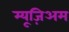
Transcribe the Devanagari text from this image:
म्यूज़िअम